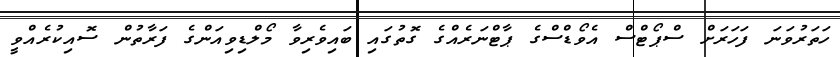
ހަތަރުވަނަ ފަހަރަށް ސްޕޯޓްސް އެވޯޑްސްގެ ޕާޓްނަރެއްގެ ގޮތުގައި ބައިވެރިވާ މޯލްޑިވިއަންގެ ފަރާތުން ސޮއިކުރެއްވީ